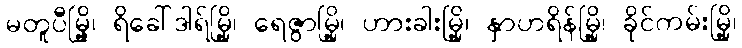
မတူပီမြို့၊ ရိခေါ်ဒါရ်မြို့၊ ရေဇွာမြို့၊ ဟားခါးမြို့၊ နှာဟရိန်မြို့၊ ခိုင်ကမ်းမြို့၊